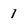
Character: 1